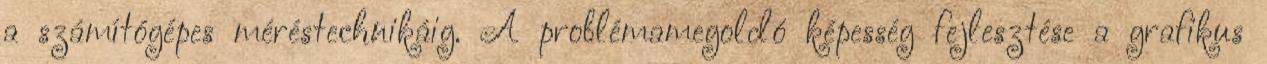
a számítógépes méréstechnikáig. A problémamegoldó képesség fejlesztése a grafikus